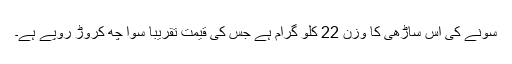
سونے کی اس ساڑھی کا وزن 22 کلو گرام ہے جس کی قیمت تقریبا سوا چھ کروڑ روپے ہے۔